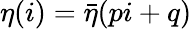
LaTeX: \eta(i)=\bar{\eta}(pi+q)